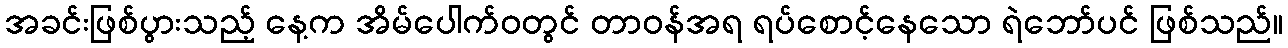
အခင်းဖြစ်ပွားသည့် နေ့က အိမ်ပေါက်ဝတွင် တာဝန်အရ ရပ်စောင့်နေသော ရဲဘော်ပင် ဖြစ်သည်။